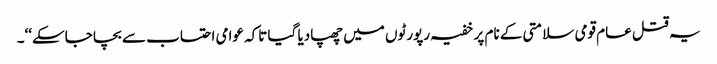
یہ قتل عام قومی سلامتی کے نام پر خفیہ رپورٹوں میں چھپادیا گیا تاکہ عوامی احتساب سے بچا جاسکے‘‘۔